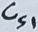
Text: Cs1